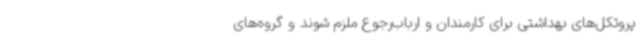
پروتکل‌های بهداشتی برای کارمندان و ارباب‌رجوع ملزم شوند و گروه‌های